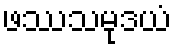
ဖဿသမုဒယံ